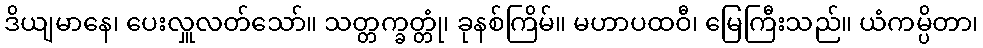
ဒိယျမာနေ၊ ပေးလှူလတ်သော်။ သတ္တက္ခတ္တုံ၊ ခုနစ်ကြိမ်။ မဟာပထဝီ၊ မြေကြီးသည်။ ယံကမ္ပိတာ၊